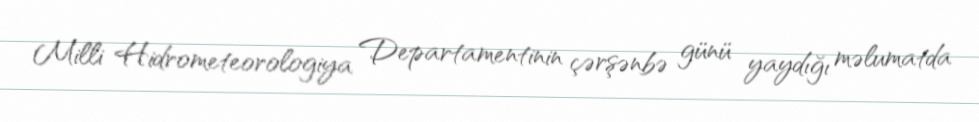
Milli Hidrometeorologiya Departamentinin çərşənbə günü yaydığı məlumatda